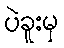
ပဲခူးမှ